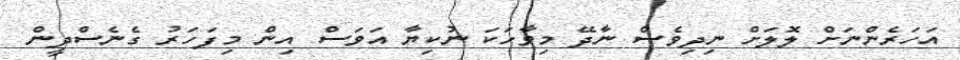
އަހަރެންނަށް ލޮލަށް ނިދިވެސް ނާދޭ މިވާހަކަ ނުކިޔާ އަވަސް އިން މިފަހަރު ގެނެސްދީން